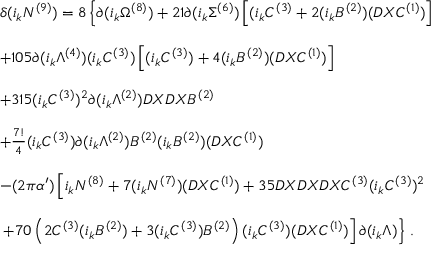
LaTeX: \begin{array} { r c l } { { } } & { { } } & { { \delta ( i _ { k } N ^ { ( 9 ) } ) = 8 \left\{ \partial ( i _ { k } \Omega ^ { ( 8 ) } ) + 2 1 \partial ( i _ { k } \Sigma ^ { ( 6 ) } ) \left[ ( i _ { k } C ^ { ( 3 ) } + 2 ( i _ { k } B ^ { ( 2 ) } ) ( D X C ^ { ( 1 ) } ) \right] \right. } } \\ { { } } & { { } } & { { } } \\ { { } } & { { } } & { { + 1 0 5 \partial ( i _ { k } \Lambda ^ { ( 4 ) } ) ( i _ { k } C ^ { ( 3 ) } ) \left[ ( i _ { k } C ^ { ( 3 ) } ) + 4 ( i _ { k } B ^ { ( 2 ) } ) ( D X C ^ { ( 1 ) } ) \right] } } \\ { { } } & { { } } & { { } } \\ { { } } & { { } } & { { + 3 1 5 ( i _ { k } C ^ { ( 3 ) } ) ^ { 2 } \partial ( i _ { k } \Lambda ^ { ( 2 ) } ) D X D X B ^ { ( 2 ) } } } \\ { { } } & { { } } & { { } } \\ { { } } & { { } } & { { + \frac { 7 ! } { 4 } ( i _ { k } C ^ { ( 3 ) } ) \partial ( i _ { k } \Lambda ^ { ( 2 ) } ) B ^ { ( 2 ) } ( i _ { k } B ^ { ( 2 ) } ) ( D X C ^ { ( 1 ) } ) } } \\ { { } } & { { } } & { { } } \\ { { } } & { { } } & { { - ( 2 \pi \alpha ^ { \prime } ) \left[ i _ { k } N ^ { ( 8 ) } + 7 ( i _ { k } N ^ { ( 7 ) } ) ( D X C ^ { ( 1 ) } ) + 3 5 D X D X D X C ^ { ( 3 ) } ( i _ { k } C ^ { ( 3 ) } ) ^ { 2 } \right. } } \\ { { } } & { { } } & { { } } \\ { { } } & { { } } & { { \left. \left. + 7 0 \left( 2 C ^ { ( 3 ) } ( i _ { k } B ^ { ( 2 ) } ) + 3 ( i _ { k } C ^ { ( 3 ) } ) B ^ { ( 2 ) } \right) ( i _ { k } C ^ { ( 3 ) } ) ( D X C ^ { ( 1 ) } ) \right] \partial ( i _ { k } \Lambda ) \right\} \, . } } \end{array}